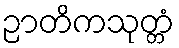
ဉာတိကသုတ္တံ